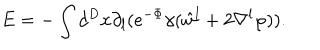
LaTeX: E = - \int d ^ { D } x \partial _ { l } ( e ^ { - \Phi } \gamma ( \hat { w } ^ { l } + 2 \nabla ^ { l } \varphi ) ) .